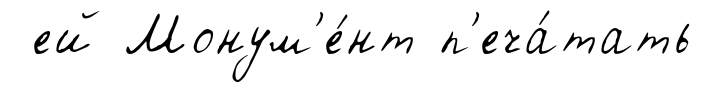
ей Монум'е́нт п'еча́тать